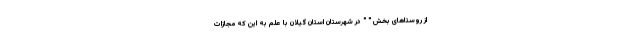
از روستاهای بخش " " در شهرستان استان گیلان با علم به این که مجازات